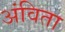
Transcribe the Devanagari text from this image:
अंविता